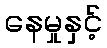
နေမှုနှင့်